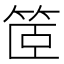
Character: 䇫